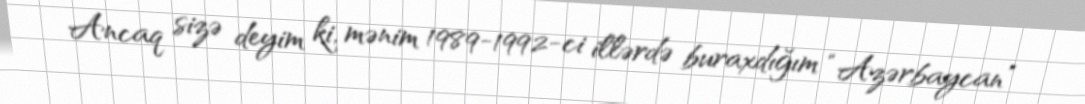
Ancaq sizə deyim ki, mənim 1989-1992-ci illərdə buraxdığım “Azərbaycan”